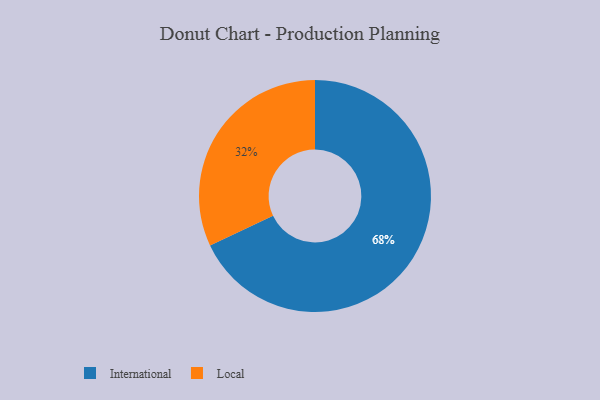
{"axis": {"x": "Category", "y": "Percentage"}, "legend": ["International", "Local"], "data": [{"x": "International", "y": 68, "type": "International"}, {"x": "Local", "y": 32, "type": "Local"}]}